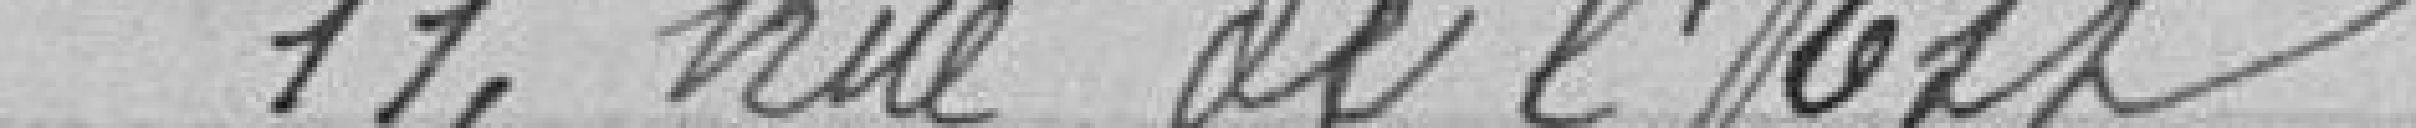
11, rue de L'Est